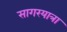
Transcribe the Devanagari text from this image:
सागरयात्रा